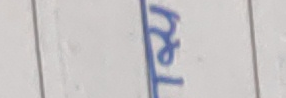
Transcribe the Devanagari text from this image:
तया